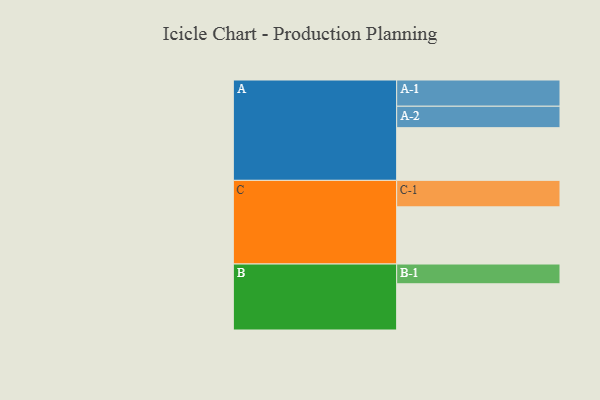
{"axis": {"x": "Segment", "y": "Value"}, "legend": ["", "A", "B", "C"], "data": [{"x": "A", "y": 432, "type": ""}, {"x": "B", "y": 379, "type": ""}, {"x": "C", "y": 469, "type": ""}, {"x": "A-1", "y": 215, "type": "A"}, {"x": "A-2", "y": 176, "type": "A"}, {"x": "B-1", "y": 162, "type": "B"}, {"x": "C-1", "y": 217, "type": "C"}]}